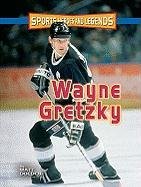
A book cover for Wayne Gretzky (Sports Heroes & Legends); Matt Doeden; Teen & Young Adult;